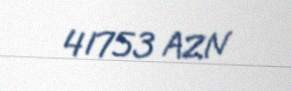
41753 AZN